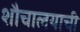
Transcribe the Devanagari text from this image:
शौचालयाची